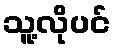
သူ့လိုပင်